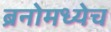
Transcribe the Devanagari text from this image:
ब्रनोमध्येच